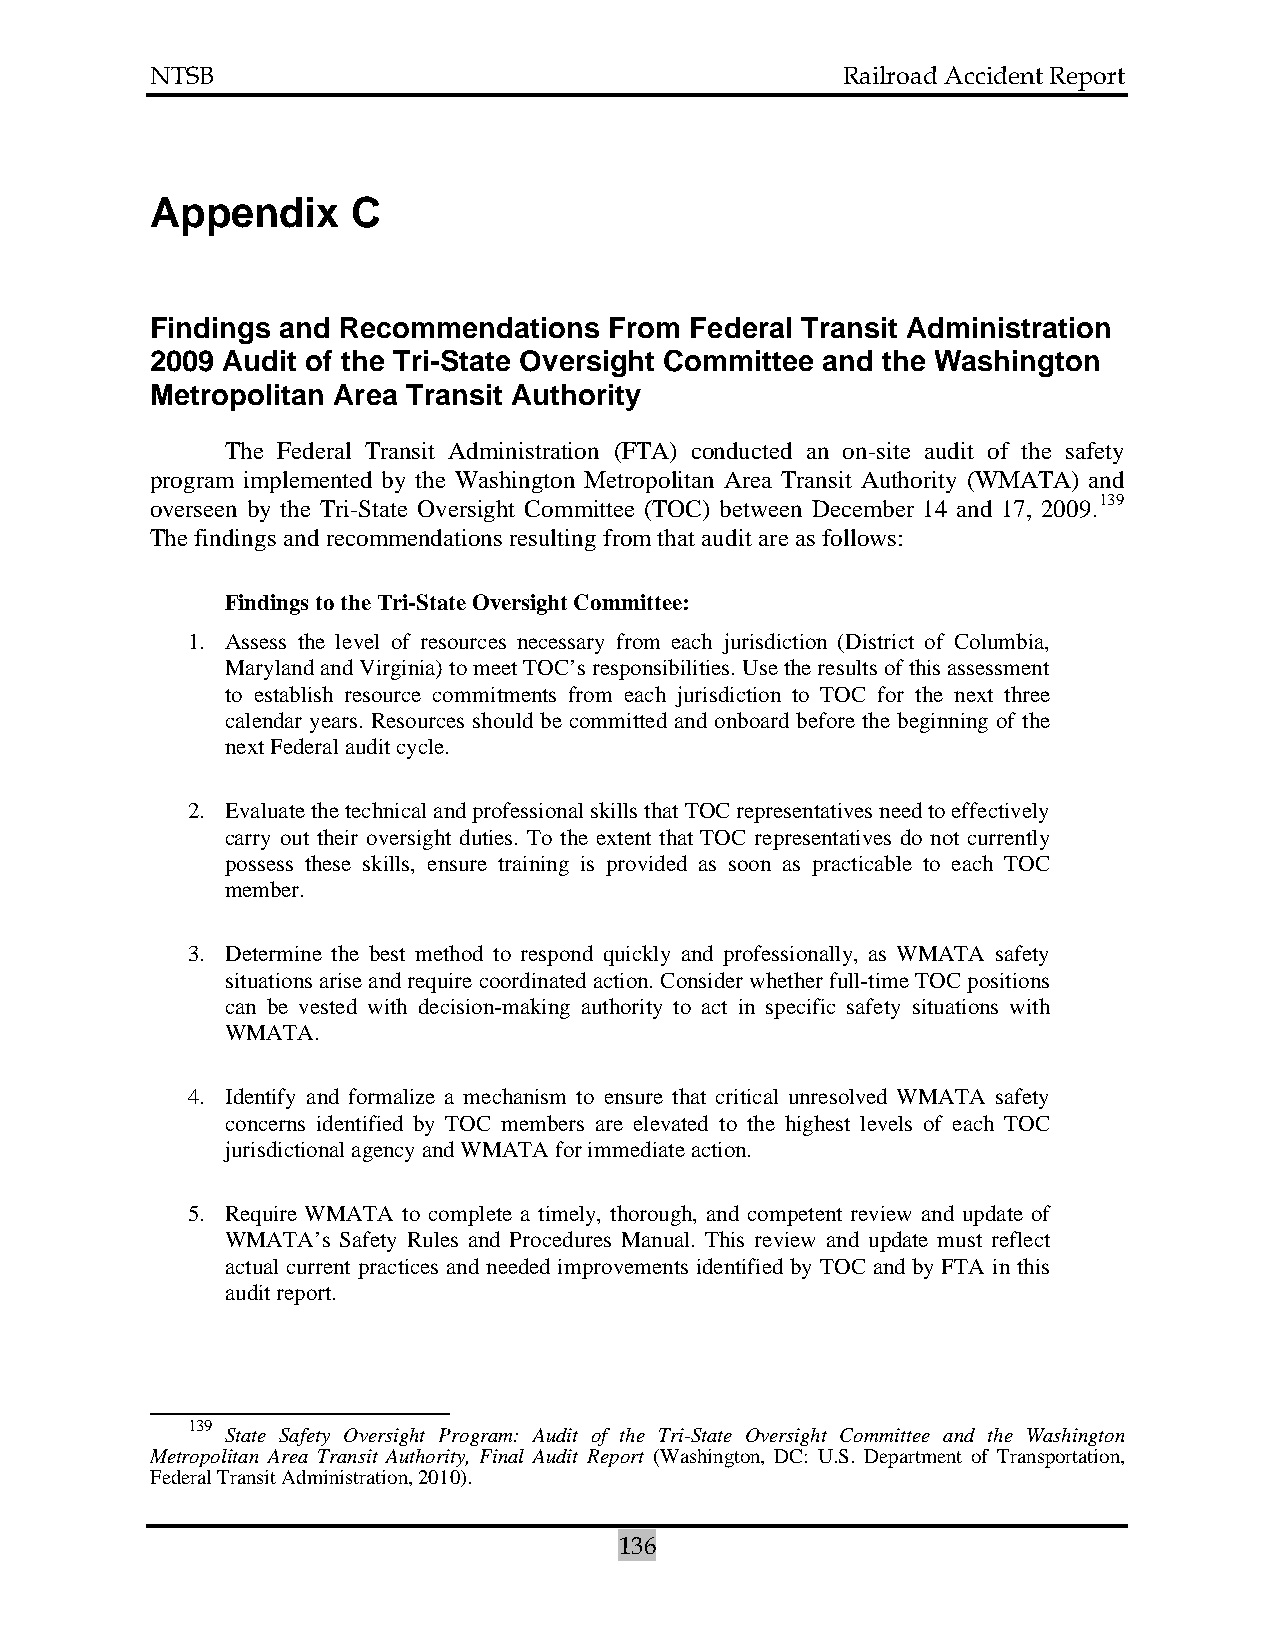
NTSB                                          Railroad Accident Report
 Appendix     C
 Findings and Recommendations  From  Federal Transit Administration
 2009 Audit of the Tri-State Oversight Committee and the Washington
 Metropolitan Area Transit Authority
 The Federal Transit Administration (FTA) conducted an on-site audit of the safety
 program implemented by the Washington Metropolitan Area Transit Authority (WMATA) and
 overseen by the Tri-State Oversight Committee (TOC) between December 14 and 17, 2009.139
 The findings and recommendations resulting from that audit are as follows:
 Findings to the Tri-State Oversight Committee:
 1. Assess the level of resources necessary from each jurisdiction (District of Columbia,
 Maryland and Virginia) to meet TOC’s responsibilities. Use the results of this assessment
 to establish resource commitments from each jurisdiction to TOC for the next three
 calendar years. Resources should be committed and onboard before the beginning of the
 next Federal audit cycle.
 2. Evaluate the technical and professional skills that TOC representatives need to effectively
 carry out their oversight duties. To the extent that TOC representatives do not currently
 possess these skills, ensure training is provided as soon as practicable to each TOC
 member.
 3. Determine the best method to respond quickly and professionally, as WMATA safety
 situations arise and require coordinated action. Consider whether full-time TOC positions
 can be vested with decision-making authority to act in specific safety situations with
 WMATA.
 4. Identify and formalize a mechanism to ensure that critical unresolved WMATA safety
 concerns identified by TOC members are elevated to the highest levels of each TOC
 jurisdictional agency and WMATA for immediate action.
 5. Require WMATA to complete a timely, thorough, and competent review and update of
 WMATA’s Safety Rules and Procedures Manual. This review and update must reflect
 actual current practices and needed improvements identified by TOC and by FTA in this
 audit report.
 139
 State Safety Oversight Program: Audit of the Tri-State Oversight Committee and the Washington
 Metropolitan Area Transit Authority, Final Audit Report (Washington, DC: U.S. Department of Transportation,
 Federal Transit Administration, 2010).
 136